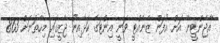
އާޖެންޓީނާ އަށް އުފަން ޒެނެއްޓީ ވަނީ އިންޓަގެ ކަޅާއިނޫ ޖާޒީގައި މިހާތަނަށް 863